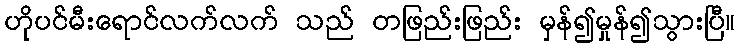
ဟိုပင်မီးရောင်လက်လက် သည် တဖြည်းဖြည်း မှန်၍မှုန်၍သွားပြီ။